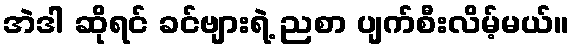
အဲဒါ ဆိုရင် ခင်ဗျားရဲ့ ညစာ ပျက်စီးလိမ့်မယ်။